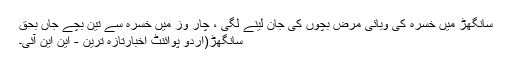
سانگھڑ میں خسرہ کی وبائی مرض بچوں کی جان لینے لگی ،ْ چار وز میں خسرہ سے تین بچے جاں بحق
سانگھڑ(اُردو پوائنٹ اخبارتازہ ترین - این این آئی۔